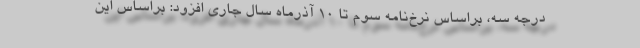
درجه سه، براساس نرخ‌نامه سوم تا ۱۰ آذرماه سال جاری افزود: براساس این